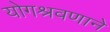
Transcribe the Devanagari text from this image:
योगश्रवणाने